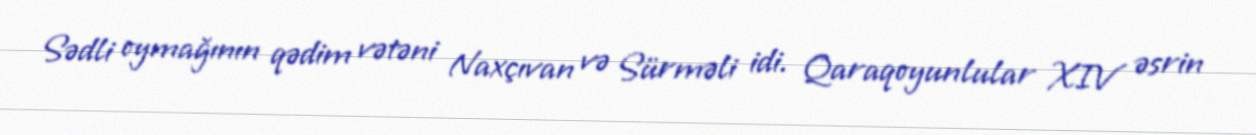
Sədli oymağının qədim vətəni Naxçıvan və Sürməli idi. Qaraqoyunlular XIV əsrin